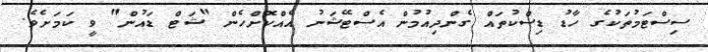
ސިސްޓަމުތަކުގެ ހާޑު ޑިސްކުތައް ގެންދިއުމުން އެސްޓޭޝަނު އެއްކޮށްހެން "ޝަޓް ޑައުން" ވީ ކަމަށެވެ.